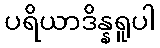
ပရိယာဒိန္နရူပါ